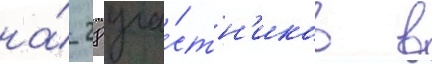
на́ 28 уча́стн'иков в